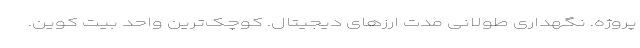
پروژه. نگهداری طولانی مدت ارزهای دیجیتال. کوچک‌ترین واحد بیت کوین.